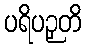
ပရိပဉှတိ